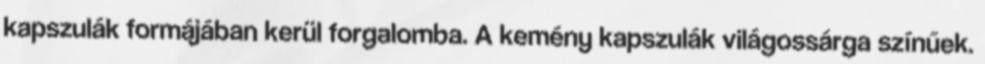
kapszulák formájában kerül forgalomba. A kemény kapszulák világossárga színűek.